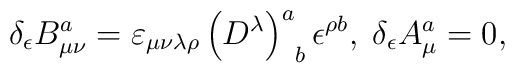
\delta _\epsilon B_{\mu \nu }^a=\varepsilon _{\mu \nu \lambda\rho }\left( D^\lambda \right) _{\;\;b}^a\epsilon ^{\rho b},\;\delta_\epsilon A_\mu ^a=0,